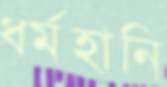
ধর্মহানি